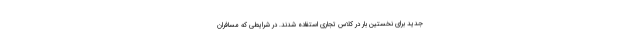
جدید برای نخستین بار در کلاس تجاری استفاده شدند. در شرایطی که مسافران